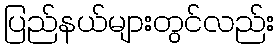
ပြည်နယ်များတွင်လည်း